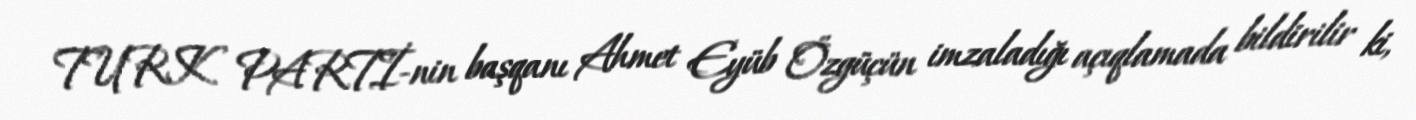
TURK PARTİ-nin başqanı Ahmet Eyüb Özgüçün imzaladığı açıqlamada bildirilir ki,